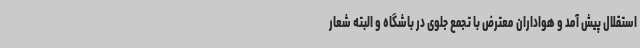
استقلال پیش آمد و هواداران معترض با تجمع جلوی در باشگاه و البته شعار